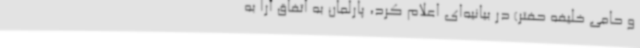
و حامی خلیفه حفتر) در بیانیه‌ای اعلام کرد، پارلمان به اتفاق آرا به